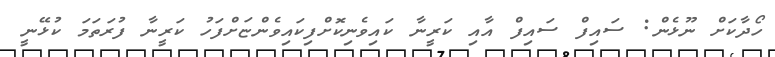
ހޯދާކަށް ނޫޅެން: ސައިފް ސައިފް އާއި ކަރީނާ ކައިވެނިކޮށްފިކައިވެންޏަށްފަހު ކަރީނާ ފުރަތަމަ ކުޅޭނީ